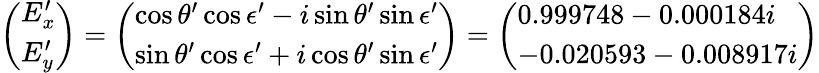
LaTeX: \left(\begin{array}{l}{E_{x}^{\prime}}\\ {E_{y}^{\prime}}\end{array}\right)=\left(\begin{array}{l}{\cos\theta^{\prime}\cos\epsilon^{\prime}-i\sin\theta^{\prime}\sin\epsilon^{\prime}}\\ {\sin\theta^{\prime}\cos\epsilon^{\prime}+i\cos\theta^{\prime}\sin\epsilon^{\prime}}\end{array}\right)=\left(\begin{array}{l}{0.999748-0.000184i}\\ {-0.020593-0.008917i}\end{array}\right)